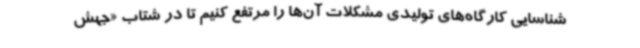
شناسایی کارگاه‌های تولیدی مشکلات آن‌ها را مرتفع کنیم تا در شتاب «جهش